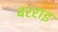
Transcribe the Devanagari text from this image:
बरराइ